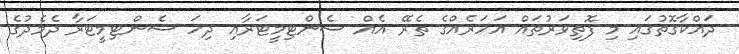
ދައްކާގޮތުގައި މި ފޮތިވަރުތައް އަހަރެއްގެ ތެރޭ އެއް ސެންޓިމީޓަރާއި ދިހަ ސެންޓިމީޓަރާ ދެމެދުގެ